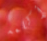
أكلمه